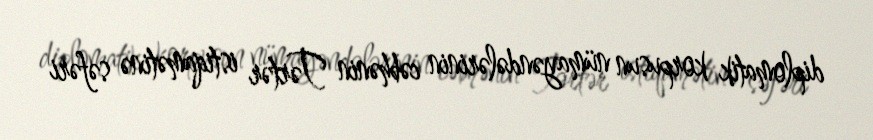
diplomatik korpusun nümayəndələrinin cəbhənin Tərtər istiqamətinə səfəri